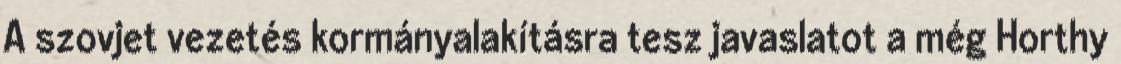
A szovjet vezetés kormányalakításra tesz javaslatot a még Horthy